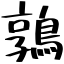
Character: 鶉